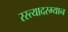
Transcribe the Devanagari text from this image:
रस्त्यादरम्यान